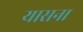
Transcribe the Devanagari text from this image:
यासना